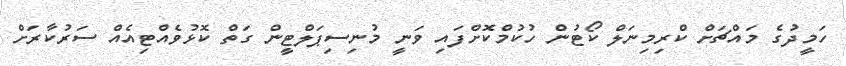
ހަމީދުގެ މައްޗަށް ކްރިމިނަލް ކޯޓުން ހުކުމްކޮށްފައި ވަނީ މުނިސިޕަލްޓީން ގަތް ކޮޅުވެއްޓިއެއް ސަރުކާރަށް